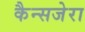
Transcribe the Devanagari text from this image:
कैन्सजेरा